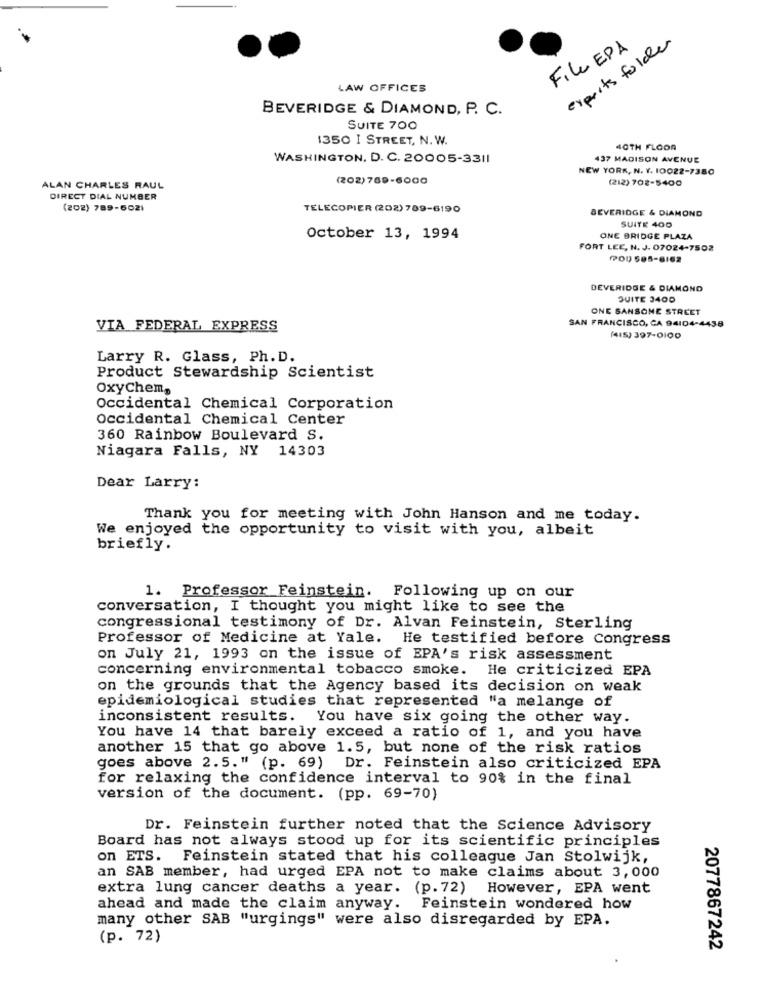
experts folder
File EPA
LAW OFFICES
BEVERIDGE & DIAMOND, P. C.
SUITE 700
1350 I STREET, N. W.
40TH FLOOR
WASHINGTON, D. C. 20005-3311
437 MADISON AVENUE
NEW YORK, N. Y. 10022-7380
(202) 769-6000
(212) 702-5400
ALAN CHARLES RAUL
DIRECT DIAL NUMBER
(202) 789-6021
TELECOPIER (202) 789-6190
BEVERIDGE & DIAMOND
SUITE 400
October 13, 1994
ONE BRIDGE PLAZA
FORT LEE, N. J. 07024-7502
(POD 505-6162
DEVERIDGE & DIAMOND
SUITE 3400
ONE SANSONE STREET
VIA FEDERAL EXPRESS
SAN FRANCISCO, CA 94104-4438
(415) 397-0100
Larry R. Glass, Ph. D.
Product Stewardship Scientist
OxyChem,
Occidental Chemical Corporation
Occidental Chemical Center
360 Rainbow Boulevard S.
Niagara Falls, NY 14303
Dear Larry:
Thank you for meeting with John Hanson and me today.
We enjoyed the opportunity to visit with you, albeit
briefly.
1. Professor Feinstein. Following up on our
conversation, I thought you might like to see the
congressional testimony of Dr. Alvan Feinstein, Sterling
Professor of Medicine at Yale. He testified before Congress
on July 21, 1993 on the issue of EPA's risk assessment
concerning environmental tobacco smoke.
He criticized EPA
on the grounds that the Agency based its decision on weak
epidemiological studies that represented "a melange of
inconsistent results. You have six going the other way.
You have 14 that barely exceed a ratio of 1, and you have
another 15 that go above 1.5, but none of the risk ratios
goes above 2.5." (p. 69) Dr. Feinstein also criticized EPA
for relaxing the confidence interval to 90% in the final
version of the document. (pp. 69-70)
Dr. Feinstein further noted that the Science Advisory
Board has not always stood up for its scientific principles
on ETS. Feinstein stated that his colleague Jan Stolwijk,
an SAB member, had urged EPA not to make claims about 3,000
extra lung cancer deaths a year. (p.72)
However, EPA went
ahead and made the claim anyway. Feinstein wondered how
many other SAB "urgings" were also disregarded by EPA.
(p. 72)
2077867242